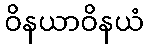
ဝိနယာဝိနယံ